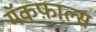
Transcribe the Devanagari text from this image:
मॅकफ़ाल्स